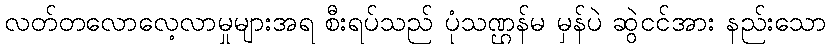
လတ်တလောလေ့လာမှုများအရ စီးရပ်သည် ပုံသဏ္ဌန်မ မှန်ပဲ ဆွဲငင်အား နည်းသော